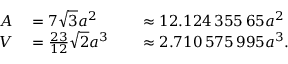
\begin{array} { r l r l } { A } & { { } = 7 { \sqrt { 3 } } a ^ { 2 } } & { } & { { } \approx 1 2 . 1 2 4 \, 3 5 5 \, 6 5 a ^ { 2 } } \\ { V } & { { } = { \frac { 2 3 } { 1 2 } } { \sqrt { 2 } } a ^ { 3 } } & { } & { { } \approx 2 . 7 1 0 \, 5 7 5 \, 9 9 5 a ^ { 3 } . } \end{array}